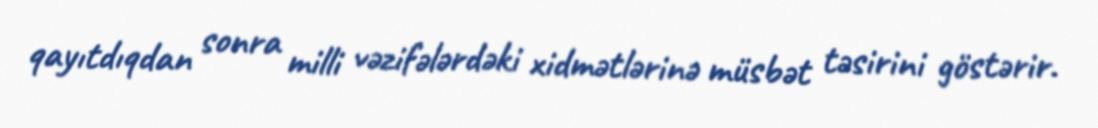
qayıtdıqdan sonra milli vəzifələrdəki xidmətlərinə müsbət təsirini göstərir.